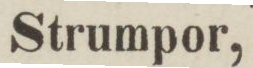
Strumpor,